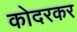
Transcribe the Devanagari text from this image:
कोदरकर